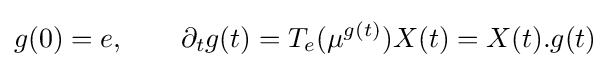
g(0)=e,\qquad \partial _{t}g(t)=T_{e}(\mu ^{g(t)})X(t)=X(t).g(t)